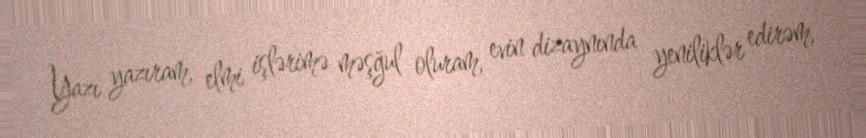
Yazı yazıram, elmi işlərimə məşğul oluram, evin dizaynında yeniliklər edirəm,